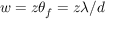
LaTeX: ~ w = z \theta _ { f } = z \lambda / d